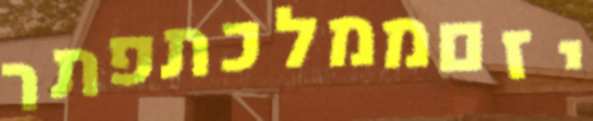
יזםממלכתפתר